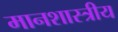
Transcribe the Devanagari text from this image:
मानशास्त्रीय